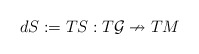
\begin{align*}dS:= TS: T\mathcal G \nrightarrow TM\end{align*}